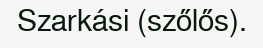
Szarkási (szőlős).